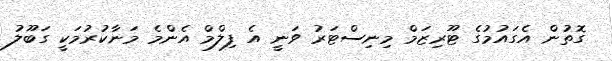
ގޮތުން އެގައުމުގެ ޓޫރިޒަމް މިނިސްޓަރު ވަނީ އެ ފިލްމް އެންމެ މަނާކުރުމަކީ ގަބޫލު